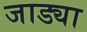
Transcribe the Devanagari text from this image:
जाड्या